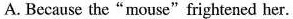
A. Because the "mouse"frightened her.